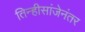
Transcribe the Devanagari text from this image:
तिन्हीसांजेनंतर